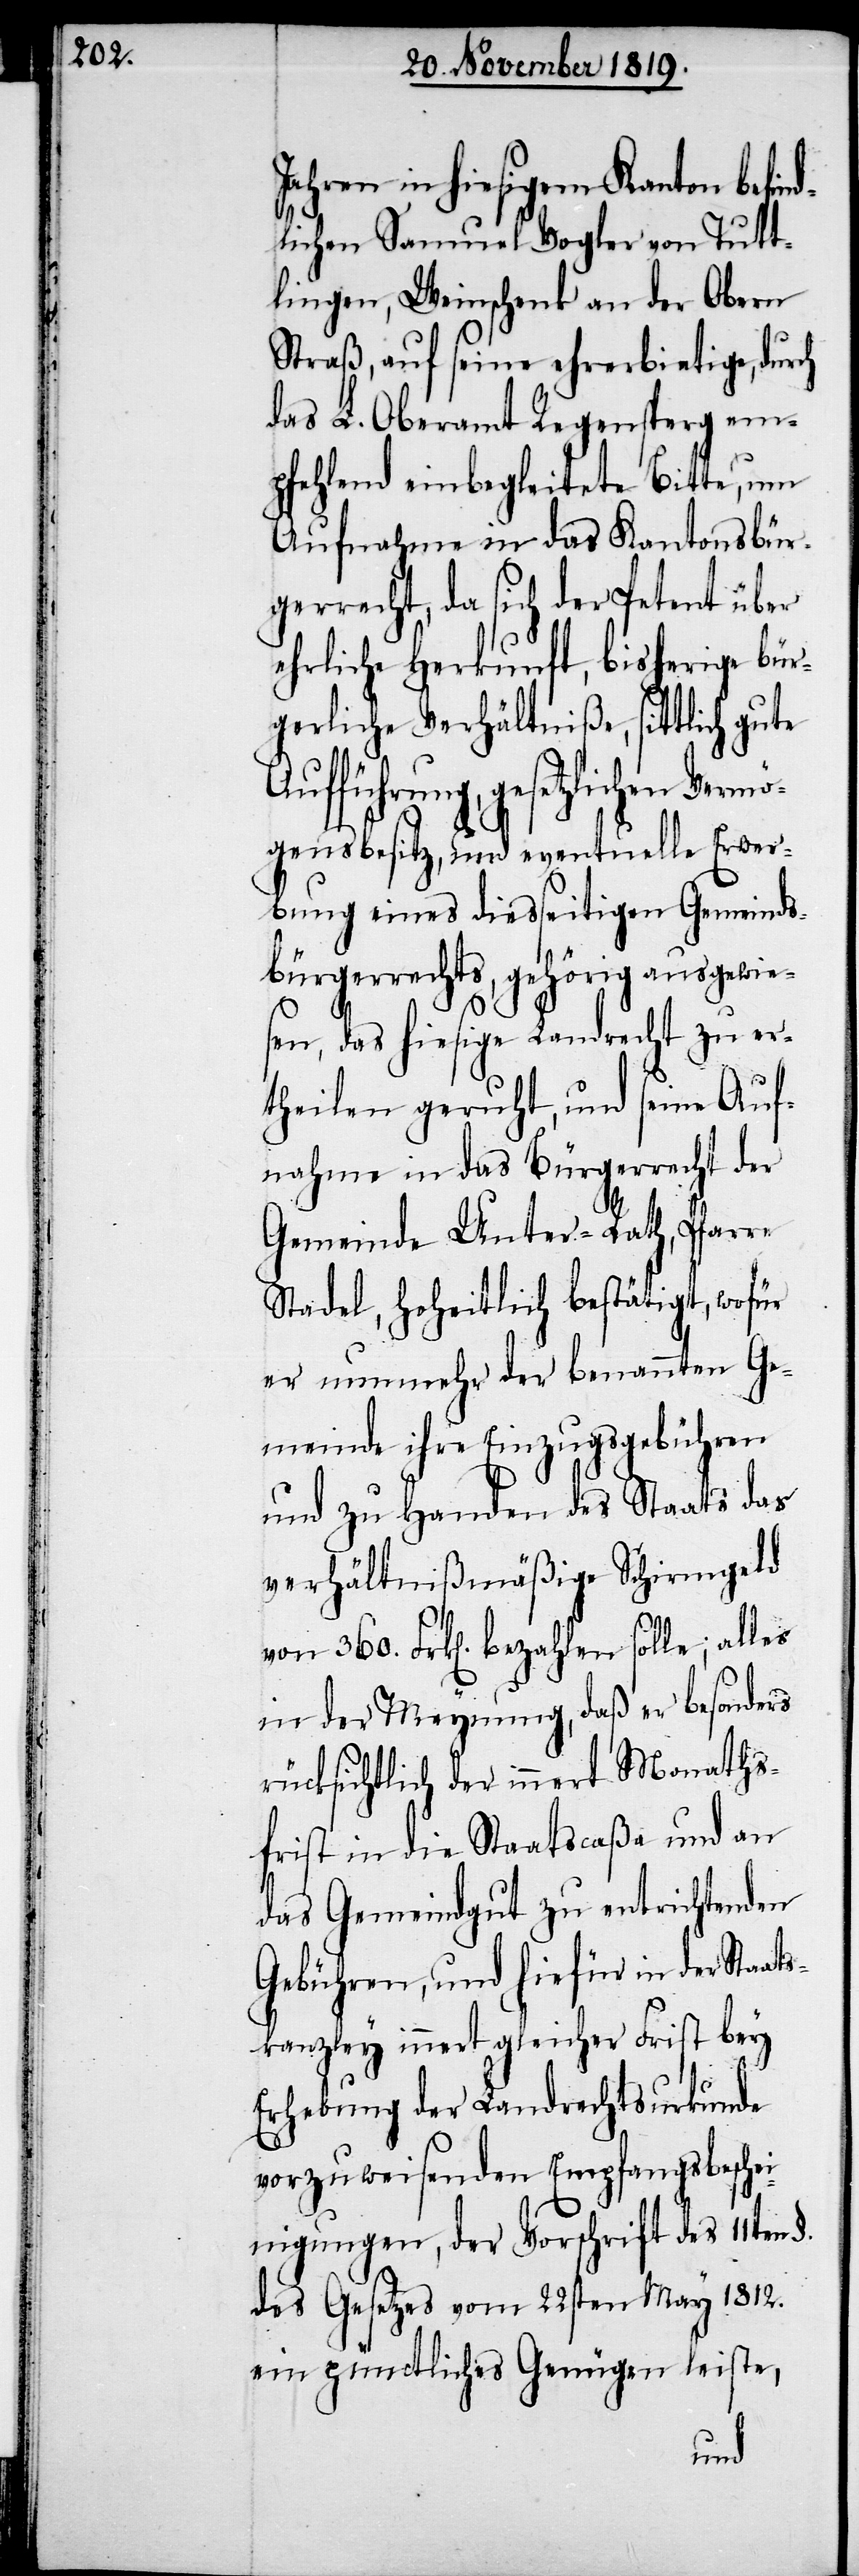
Jahren in hiesigem Kanton befind¬
lichen Samuel Vogler von Tutt¬
lingen, Weinschenk an der Obern
Straß, auf seine ehrerbietige, durch
das L. Oberamt Regensperg em¬
pfehlend einbegleitete Bitte, um
Aufnahme in das Kantonsbür¬
gerrecht, da sich der Petent über
ehrliche Herkunft, bisherige bür¬
gerliche Verhältniße, sittlich gute
gesetzlichen Ver¬
mögensbesitz, und eventuelle Erwer¬
bung eines diesseitigen Gemeinds¬
bürgerrechts, gehörig ausgewie¬
sen, das hiesige Landrecht zu er¬
theilen geruht, und seine Auf¬
nahme in das Bürgerrecht der
Gemeinde Unter-Rath, Pfarre
Stadel, hoheitlich bestätigt, wofür
er nunmehr der benannten Ge¬
meinde ihre Einzugsgebühren
und zu Handen des Staats das
verhältnißmäßige Schirmgeld
von 360. Frk[en]. bezahlen solle; alles
in der Meynung, daß er besonders
rücksichtlich der innert Monaths¬
frist in die Staatscaßa und an
das Gemeindgut zu entrichtenden
Gebühren, und hiefür in der Staats¬
kanzley innert gleicher Frist bey
Erhebung der Landrechtsurkunde
vorzuweisenden Empfangsbeschei¬
nigungen, der Vorschrift des 11ten §.
des Gesetzes vom 22sten May 1812.
ein pünctliches Genügen leiste,